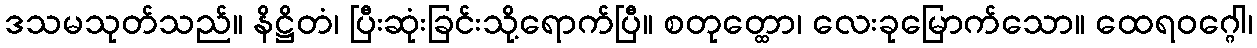
ဒသမသုတ်သည်။ နိဋ္ဌိတံ၊ ပြီးဆုံးခြင်းသို့ရောက်ပြီ။ စတုတ္ထော၊ လေးခုမြောက်သော။ ထေရဝဂ္ဂေါ၊